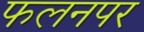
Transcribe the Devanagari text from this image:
फलनपर